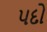
પદો